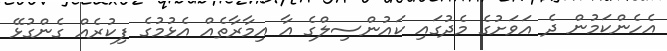
އެހެންކަމުން ދެ އަވަށުގެ މެދުގައި ކައުންސިލްގެ އާ އިމާރާތެއް އެޅުމުގެ ފިކުރެއް ގެންގުޅޭ